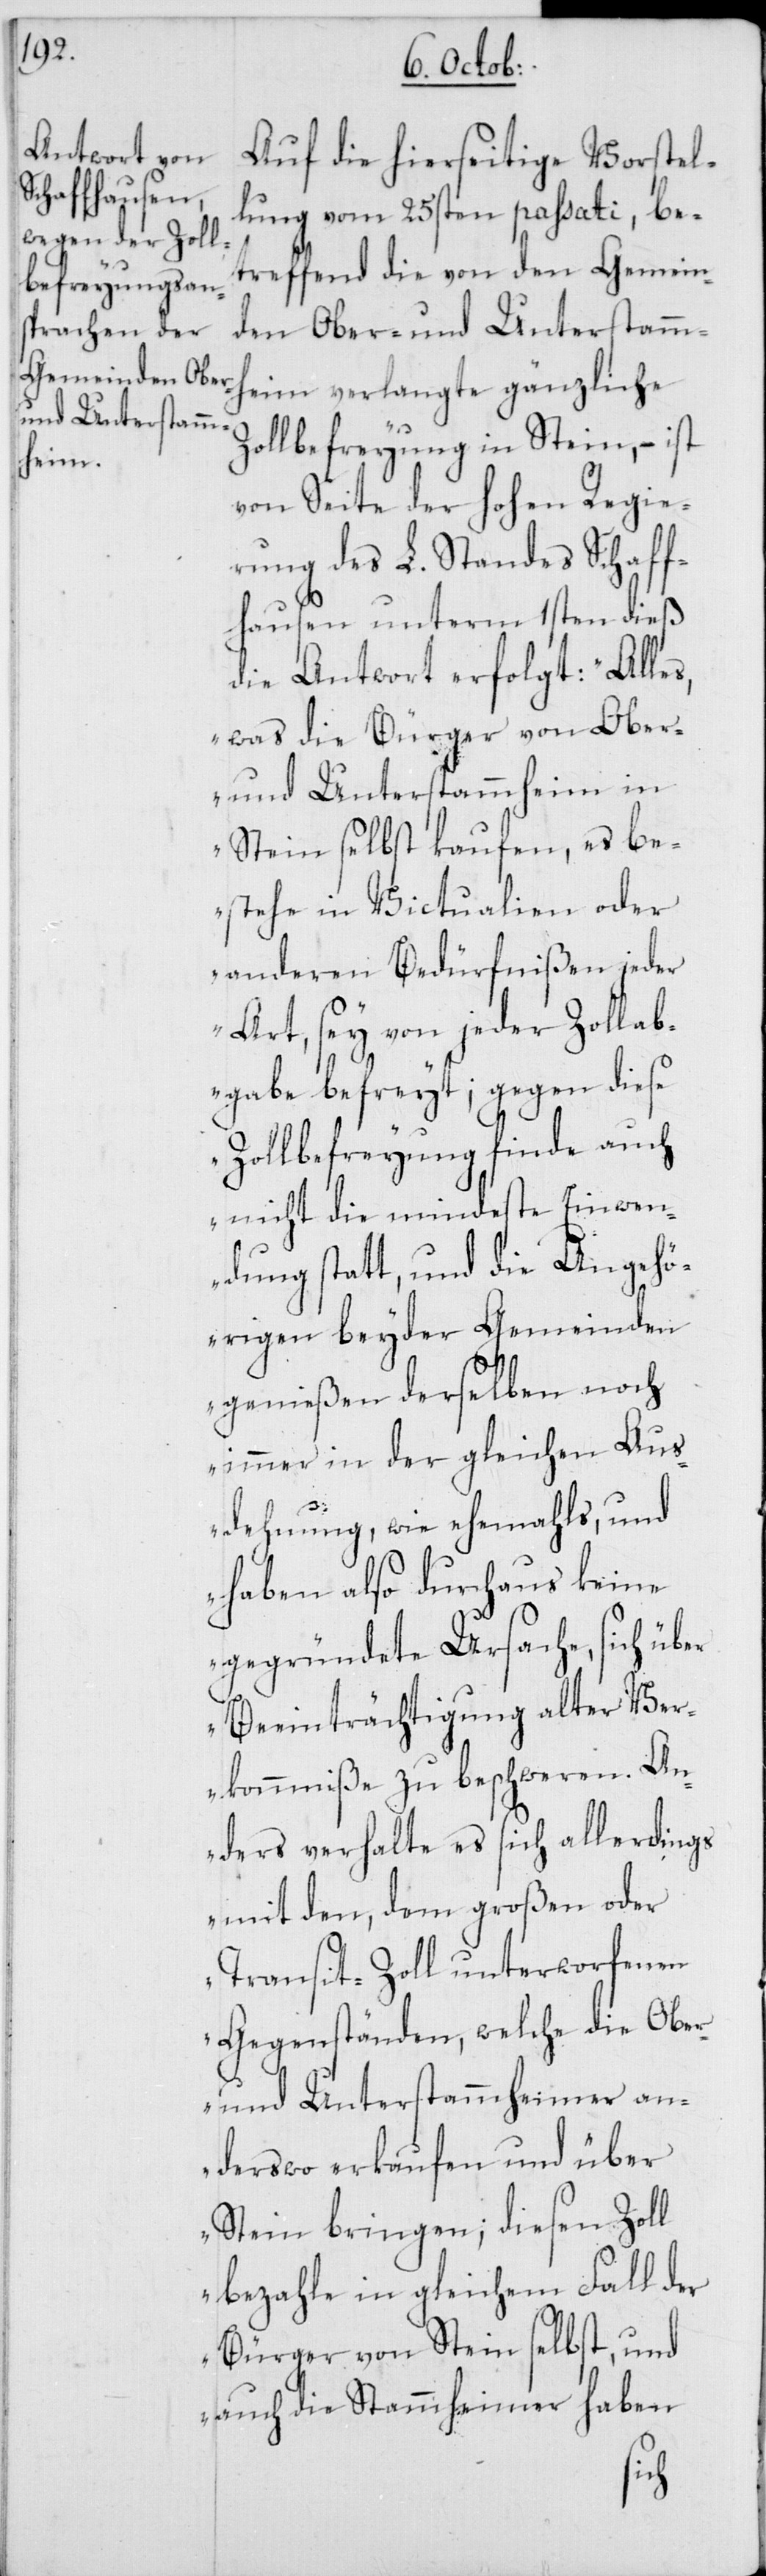
Auf die hierseitige Vorstel¬
lung vom 25sten passati, be¬
treffend die von den Gemein¬
den Ober- und Unterstamm¬
Zollbefreyung in Stein, – ist
heim
von Seite der hohen Regie¬
rung des L. Standes Schaff¬
hausen unterm 1sten dieß
die Antwort erfolgt: „Alles
was die Bürger von Ober-
und Unterstammheim in
Stein selbst kaufen, es be¬
stehe in Victualien oder
anderen Bedürfnißen jeder
Art, sey von jeder Zollab¬
gabe befreyt; gegen diese
Zollbefreyung finde auch
nicht die mindeste Einwen¬
dung statt, und die Angehö¬
rigen beyder Gemeinden
genießen derselben noch
immer in der gleichen Aus¬
dehnung, wie ehemahls, und
haben also durchaus keine
gegründete Ursache, sich über
Beeinträchtigung alter Ver¬
kommniße zu beschweren. An¬
ders verhalte es sich allerdings
mit den, dem großen oder
Transit-Zoll unterworfenen
Gegenständen, welche die Ober-
und Unterstammheimer an¬
derswo erkaufen und über
Stein bringen; diesen Zoll
bezahle in gleichem Fall der
Bürger von Stein selbst, und
auch die Stammheimer haben